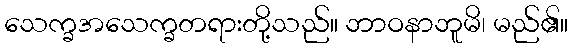
သေက္ခအသေက္ခတရားတို့သည်။ ဘာဝနာဘူမိ၊ မည်၏။